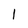
Character: l